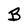
Character: B